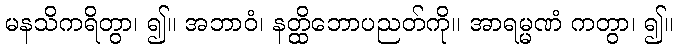
မနသိကရိတွာ၊ ၍။ အဘာဝံ၊ နတ္ထိဘောပညတ်ကို။ အာရမ္မဏံ ကတွာ၊ ၍။